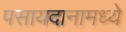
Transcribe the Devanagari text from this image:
पसायदानामध्ये